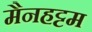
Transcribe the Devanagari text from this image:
मैनहट्टम